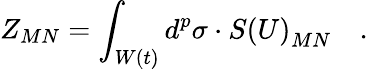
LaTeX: Z_{MN}=\int_{W\left(t\right)}d^{p}\sigma\cdot S\left(U\right)_{MN}\quad.